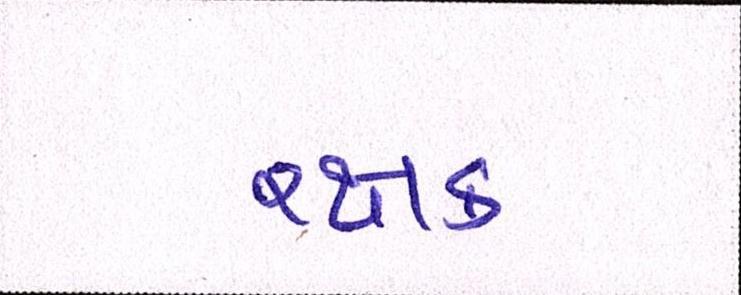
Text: રક્ષક